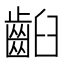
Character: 齨